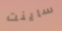
ساينت